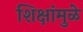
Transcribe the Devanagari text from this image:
शिक्षांमुळे